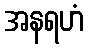
အနရဟံ